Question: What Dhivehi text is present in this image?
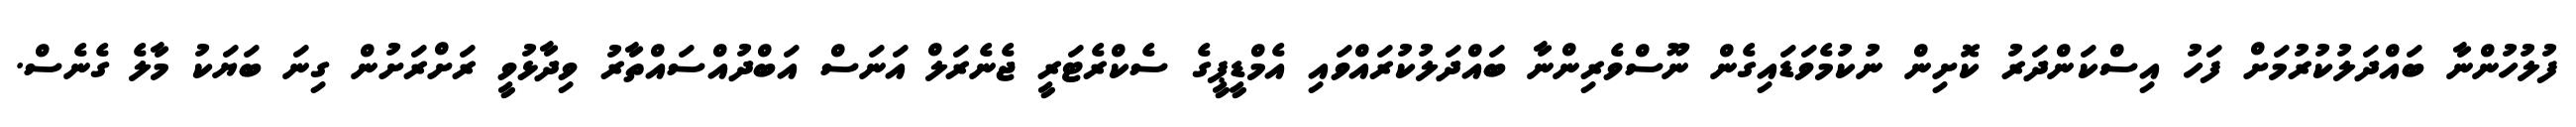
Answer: ފުލުހުންނާ ބައްދަލުކުރުމަށް ފަހު އިސްކަންދަރު ކޮށިން ނުކުމެވަޑައިގެން ނޫސްވެރިންނާ ބައްދަލުކުރައްވައި އެމްޑީޕީގެ ސެކްރެޓަރީ ޖެނެރަލް އަނަސް އަބްދުއްސައްތާރު ވިދާޅުވީ ރަށްރަށުން ގިނަ ބަޔަކު މާލެ ގެނެސް.